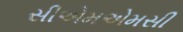
સીએમએમસી